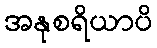
အနုစရိယာပိ